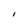
Character: I